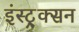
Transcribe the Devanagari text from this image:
इंस्ट्र्क्सन